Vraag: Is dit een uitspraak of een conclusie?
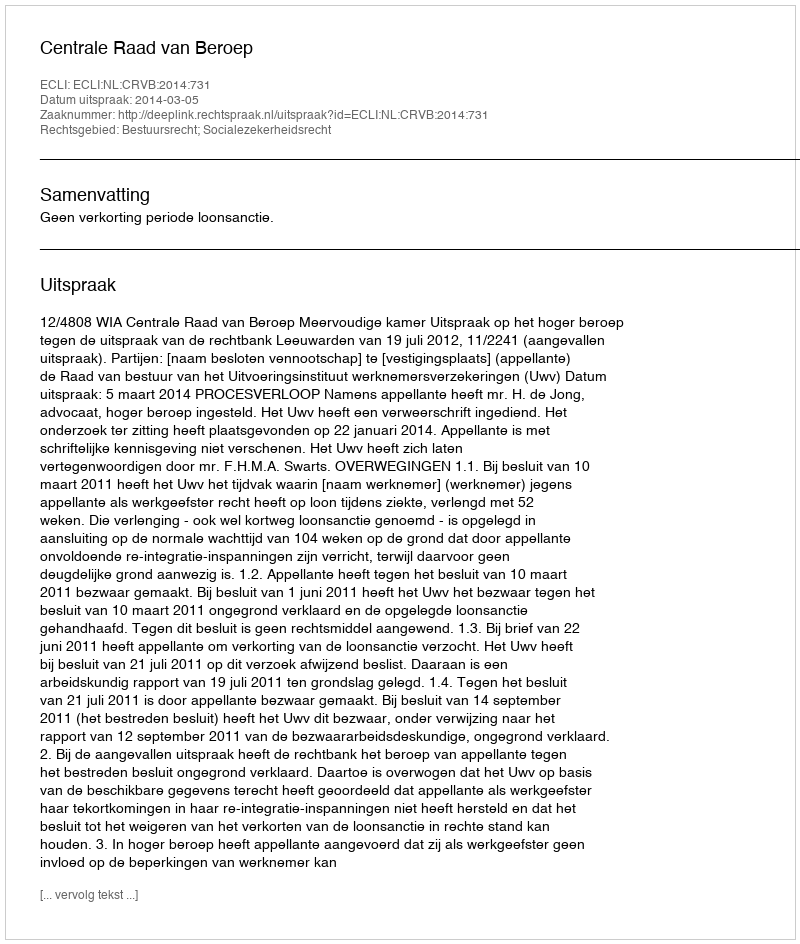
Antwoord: Uitspraak